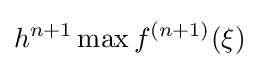
h^{n+1}\max f^{(n+1)}(\xi )